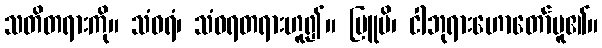
သတိတရားကို။ သံဝရံ၊ သံဝရတရားဟူ၍။ ဗြူမိ၊ ငါဘုရားဟောတော်မူ၏။